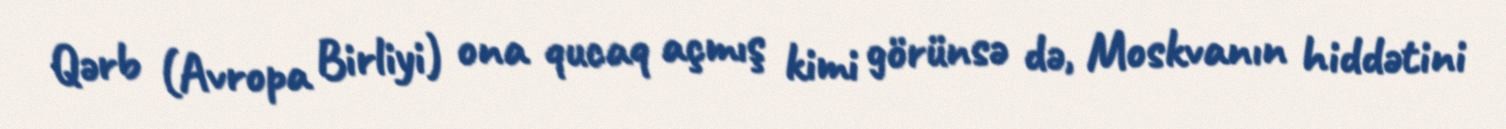
Qərb (Avropa Birliyi) ona qucaq açmış kimi görünsə də, Moskvanın hiddətini